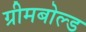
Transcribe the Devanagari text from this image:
ग्रीमबोल्ड